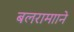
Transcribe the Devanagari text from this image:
बलरामााने